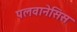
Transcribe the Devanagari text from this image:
पलवानेसिस